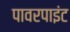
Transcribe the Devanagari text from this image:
पावरपाइंट